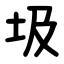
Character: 圾